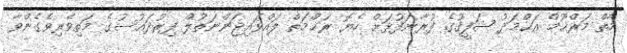
މާތް މަރްޙޫމް އަޙްމަދު ޝަފީޤުގެ ފުރާނަފުޅަށް ހެޔޮ ރަޙްމަތް ލައްވައިޖަންނަތުލް ފިރުދައުސުގެ މަތިވެރިވެގެންވާ